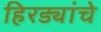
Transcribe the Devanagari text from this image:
हिरड्यांचे